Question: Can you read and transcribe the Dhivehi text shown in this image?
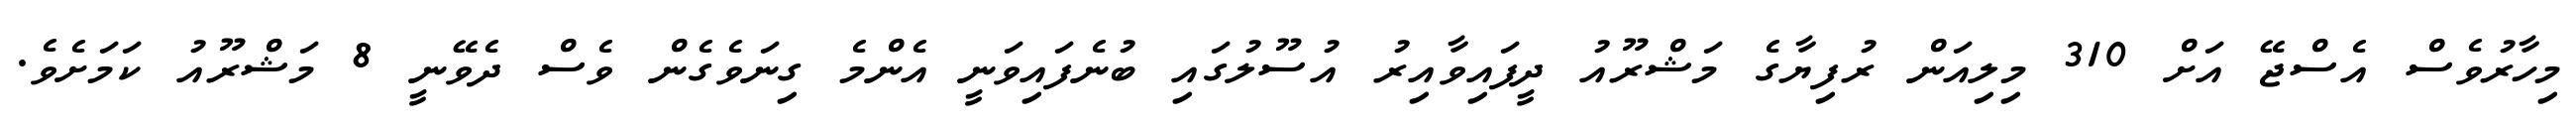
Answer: މިހާރުވެސް އެސްޖޭ އަށް 310 މިލިއަން ރުފިޔާގެ މަޝްރޫއު ދީފައިވާއިރު އުސޫލުގައި ބުނެފައިވަނީ އެންމެ ގިނަވެގެން ވެސް ދެވޭނީ 8 މަޝްރޫއު ކަމަށެވެ.